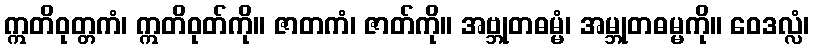
ဣတိဝုတ္တကံ၊ ဣတိဝုတ်ကို။ ဇာတကံ၊ ဇာတ်ကို။ အဗ္ဘုတဓမ္မံ၊ အမ္ဘုတဓမ္မကို။ ဝေဒလ္လံ၊